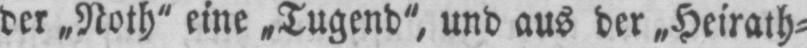
der „Noth“ eine, „Tugend“ und aus der „Heirath⸗